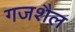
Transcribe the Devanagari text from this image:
गजशैल